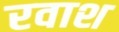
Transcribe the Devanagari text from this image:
रवाश